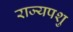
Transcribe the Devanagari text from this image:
राज्यपशु